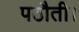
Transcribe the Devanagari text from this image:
पठौती।